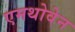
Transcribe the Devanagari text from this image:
एमथोवेन